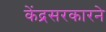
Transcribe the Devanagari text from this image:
केंद्रसरकारने